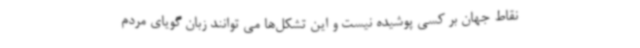
نقاط جهان بر کسی پوشیده نیست و این تشکل‌ها می توانند زبان گویای مردم